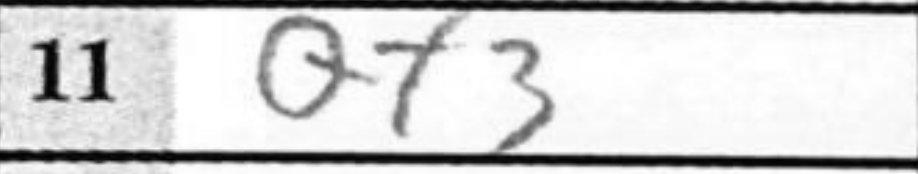
Transcription: Qf3